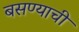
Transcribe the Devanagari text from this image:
बसण्‍याची